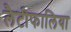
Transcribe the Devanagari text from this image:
लैटीफालिया